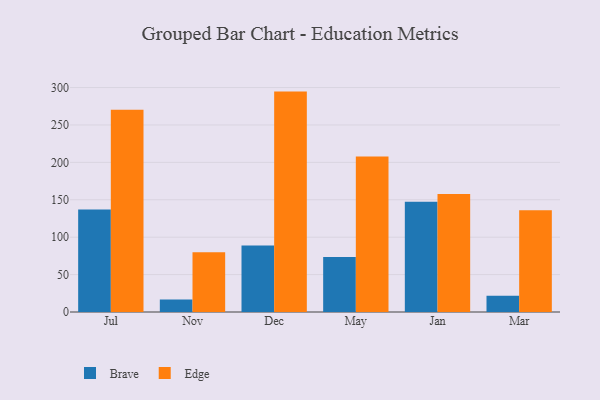
{"axis": {"x": "Month", "y": "Backlog"}, "legend": ["Brave", "Edge"], "data": [{"x": "Jul", "y": 136.9, "type": "Brave"}, {"x": "Jul", "y": 270.2, "type": "Edge"}, {"x": "Nov", "y": 16.7, "type": "Brave"}, {"x": "Nov", "y": 79.9, "type": "Edge"}, {"x": "Dec", "y": 88.9, "type": "Brave"}, {"x": "Dec", "y": 294.6, "type": "Edge"}, {"x": "May", "y": 73.6, "type": "Brave"}, {"x": "May", "y": 207.7, "type": "Edge"}, {"x": "Jan", "y": 147.2, "type": "Brave"}, {"x": "Jan", "y": 157.6, "type": "Edge"}, {"x": "Mar", "y": 21.6, "type": "Brave"}, {"x": "Mar", "y": 136.0, "type": "Edge"}]}